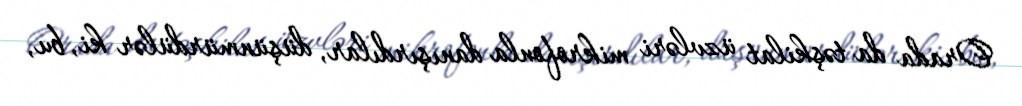
Orada da təşkilat üzvləri mikrofonla danışırdılar, düşünmürdülər ki, bu,